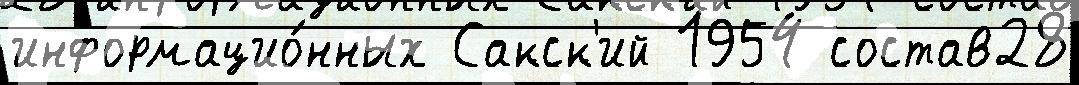
информацио́нных Сакск'ий 1954 состав28